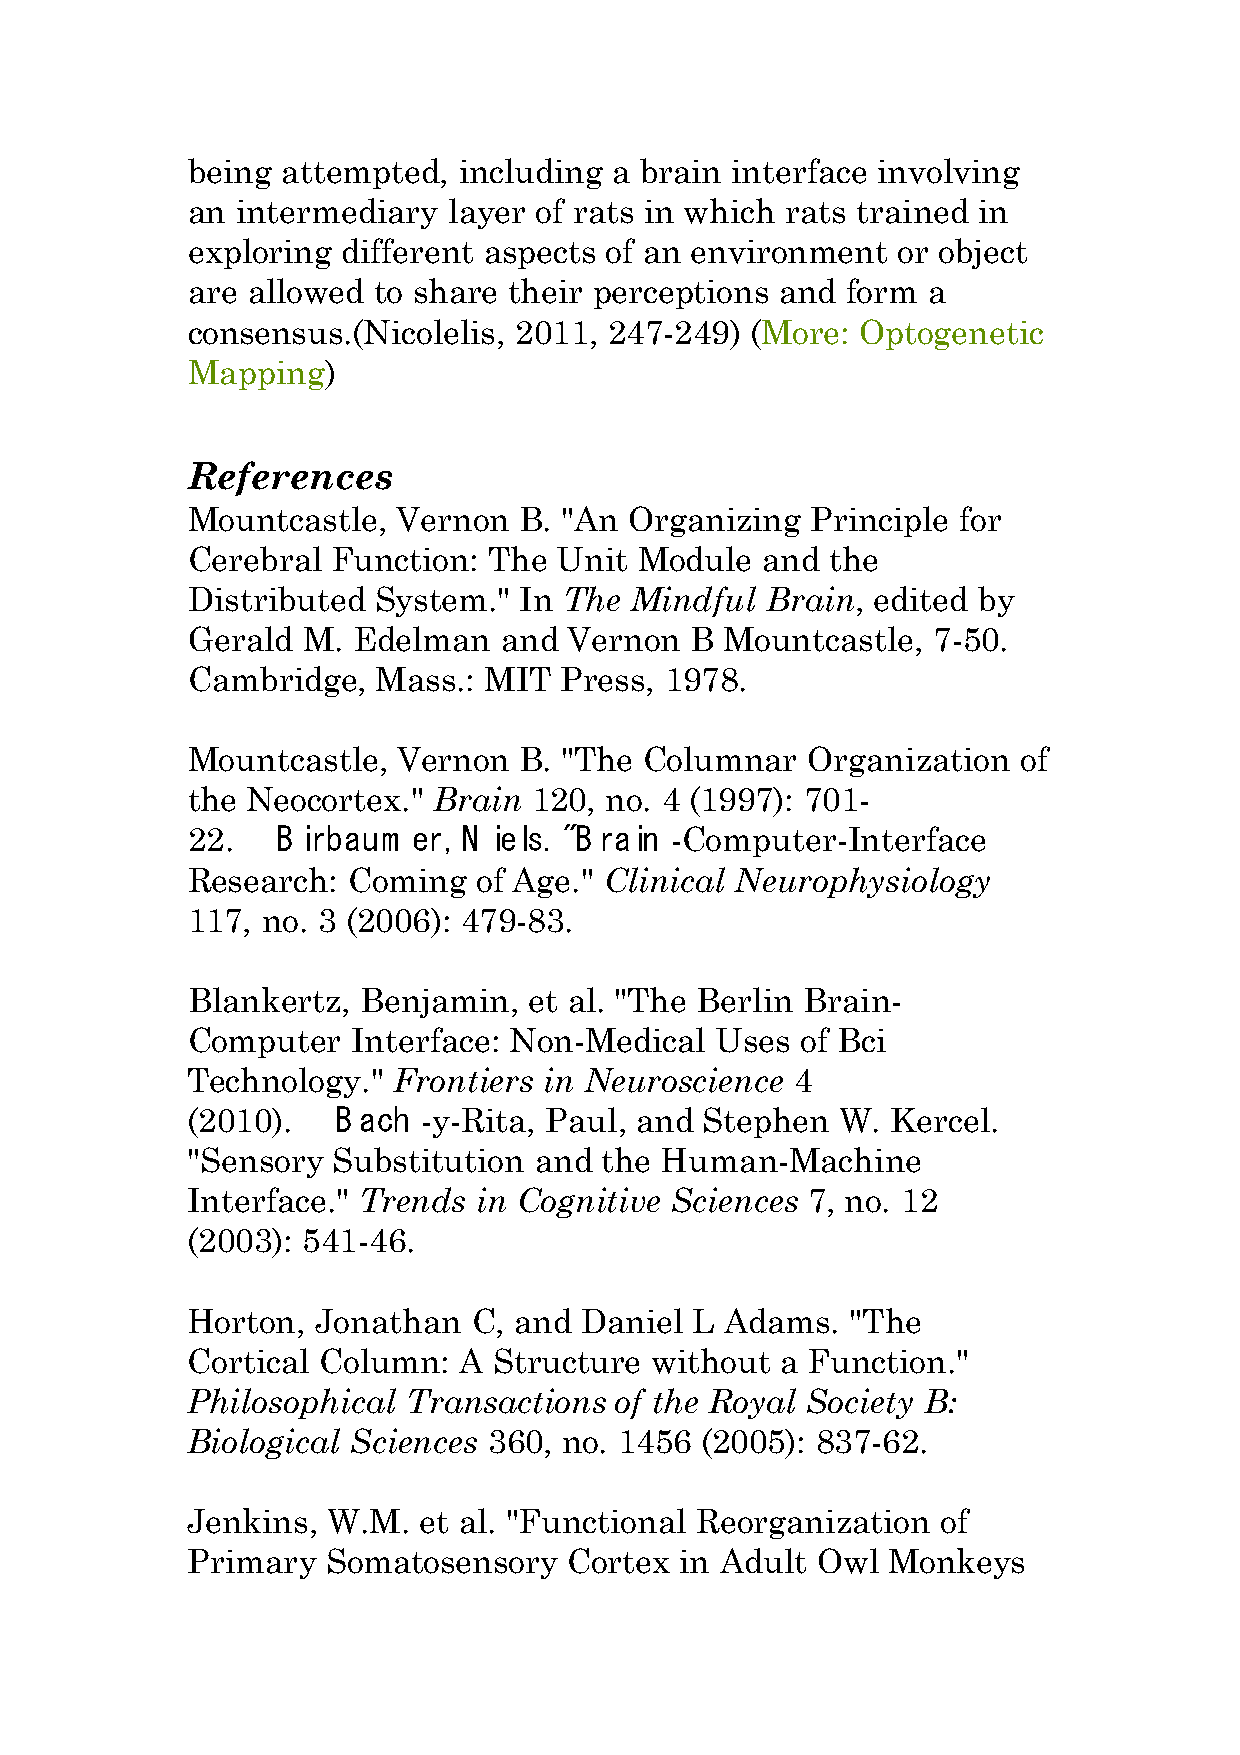
being  attempted, including  a brain interface involving
 an  intermediary  layer of rats in which rats trained in
 exploring  different aspects of an environment or object
 are allowed  to share their perceptions and form a
 consensus.(Nicolelis, 2011, 247-249)  (More: Optogenetic
 Mapping)
 References
 Mountcastle,  Vernon  B. "An  Organizing  Principle for
 Cerebral  Function: The  Unit Module  and  the
 Distributed  System." In The  Mindful  Brain, edited by
 Gerald  M. Edelman   and  Vernon  B Mountcastle,  7-50.
 Cambridge,   Mass.: MIT  Press, 1978.
 Mountcastle,  Vernon  B. "The  Columnar  Organization  of
 the Neocortex."  Brain 120, no. 4 (1997): 701-
 22.   B irbaum er, N iels. "B rain -Computer-Interface
 Research:  Coming   of Age." Clinical Neurophysiology
 117, no. 3 (2006): 479-83.
 Blankertz,  Benjamin,  et al. "The Berlin Brain-
 Computer   Interface: Non-Medical  Uses  of Bci
 Technology."  Frontiers in Neuroscience  4
 (2010).   B ach -y-Rita, Paul, and Stephen  W. Kercel.
 "Sensory  Substitution and  the Human-Machine
 Interface." Trends  in Cognitive Sciences 7, no. 12
 (2003): 541-46.
 Horton,  Jonathan  C, and Daniel  L Adams.  "The
 Cortical Column:  A  Structure without  a Function."
 Philosophical  Transactions  of the Royal Society B:
 Biological Sciences 360, no. 1456 (2005): 837-62.
 Jenkins,  W.M.  et al. "Functional Reorganization of
 Primary   Somatosensory   Cortex in Adult Owl  Monkeys